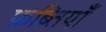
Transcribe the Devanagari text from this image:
फ़ब्तियाँ